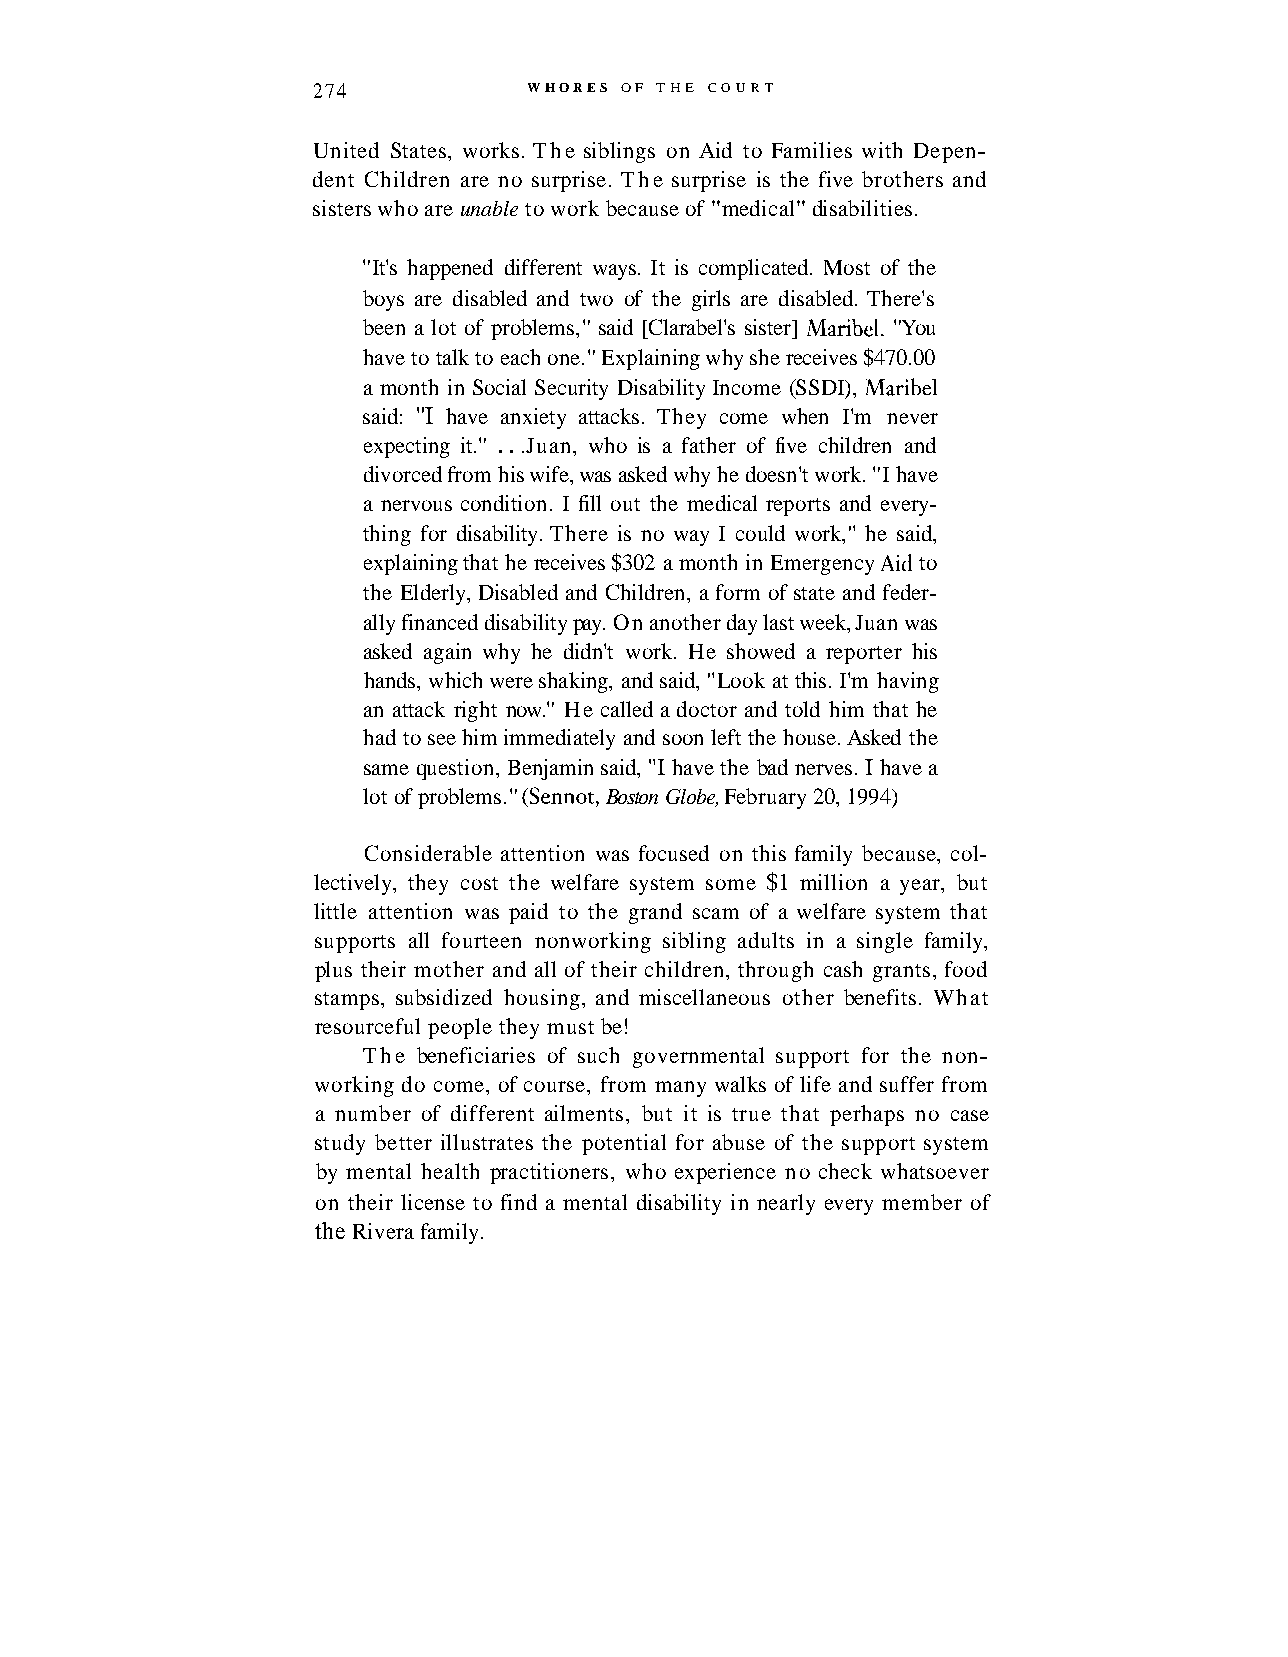
274           WHORES OF THE COURT
 United States, works. The siblings on Aid to Families with Depen-
 dent Children are no surprise. The surprise is the five brothers and
 sisters who are unable to work because of "medical" disabilities.
 "It's happened different ways. It is complicated. Most of the
 boys are disabled and two of the girls are disabled. There's
 been a lot of problems," said [Clarabel's sister] Maribel. "You
 have to talk to each one." Explaining why she receives $470.00
 a month in Social Security Disability Income (SSDI), Maribel
 said: "I have anxiety attacks. They come when I'm never
 expecting it." . . .Juan, who is a father of five children and
 divorced from his wife, was asked why he doesn't work. "I have
 a nervous condition. I fill out the medical reports and every-
 thing for disability. There is no way I could work," he said,
 explaining that he receives $302 a month in Emergency Ad to
 the Elderly, Disabled and Children, a form of state and feder-
 ally financed disability pay. On another day last week, Juan was
 asked again why he didn't work. He showed a reporter his
 hands, which were shaking, and said, "Look at this. I'm having
 an attack right now." He called a doctor and told him that he
 had to see him immediately and soon left the house. Asked the
 same question, Benjamin said, "I have the bad nerves. I have a
 lot of problems." (Sennot, Boston Globe, February 20, 1994)
 Considerable attention was focused on this family because, col-
 lectively, they cost the welfare system some $1 million a year, but
 little attention was paid to the grand scam of a welfare system that
 supports all fourteen nonworking sibling adults in a single family,
 plus their mother and all of their children, through cash grants, food
 stamps, subsidized housing, and miscellaneous other benefits. What
 resourceful people they must be!
 The beneficiaries of such governmental support for the non-
 working do come, of course, from many walks of life and suffer from
 a number of different ailments, but it is true that perhaps no case
 study better illustrates the potential for abuse of the support system
 by mental health practitioners, who experience no check whatsoever
 on their license to find a mental disability in nearly every member of
 the Rivera family.